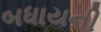
બધાયની